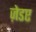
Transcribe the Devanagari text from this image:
ज़ेडए